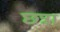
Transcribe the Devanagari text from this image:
छन्ना